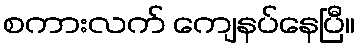
စကားလက် ကျေနပ်နေပြီ။